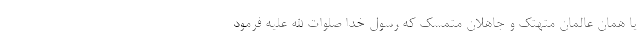
یا همان عالمان متهتک و جاهلان متمسک که رسول خدا صلوات الله علیه فرمود